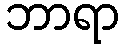
ဘာရာ